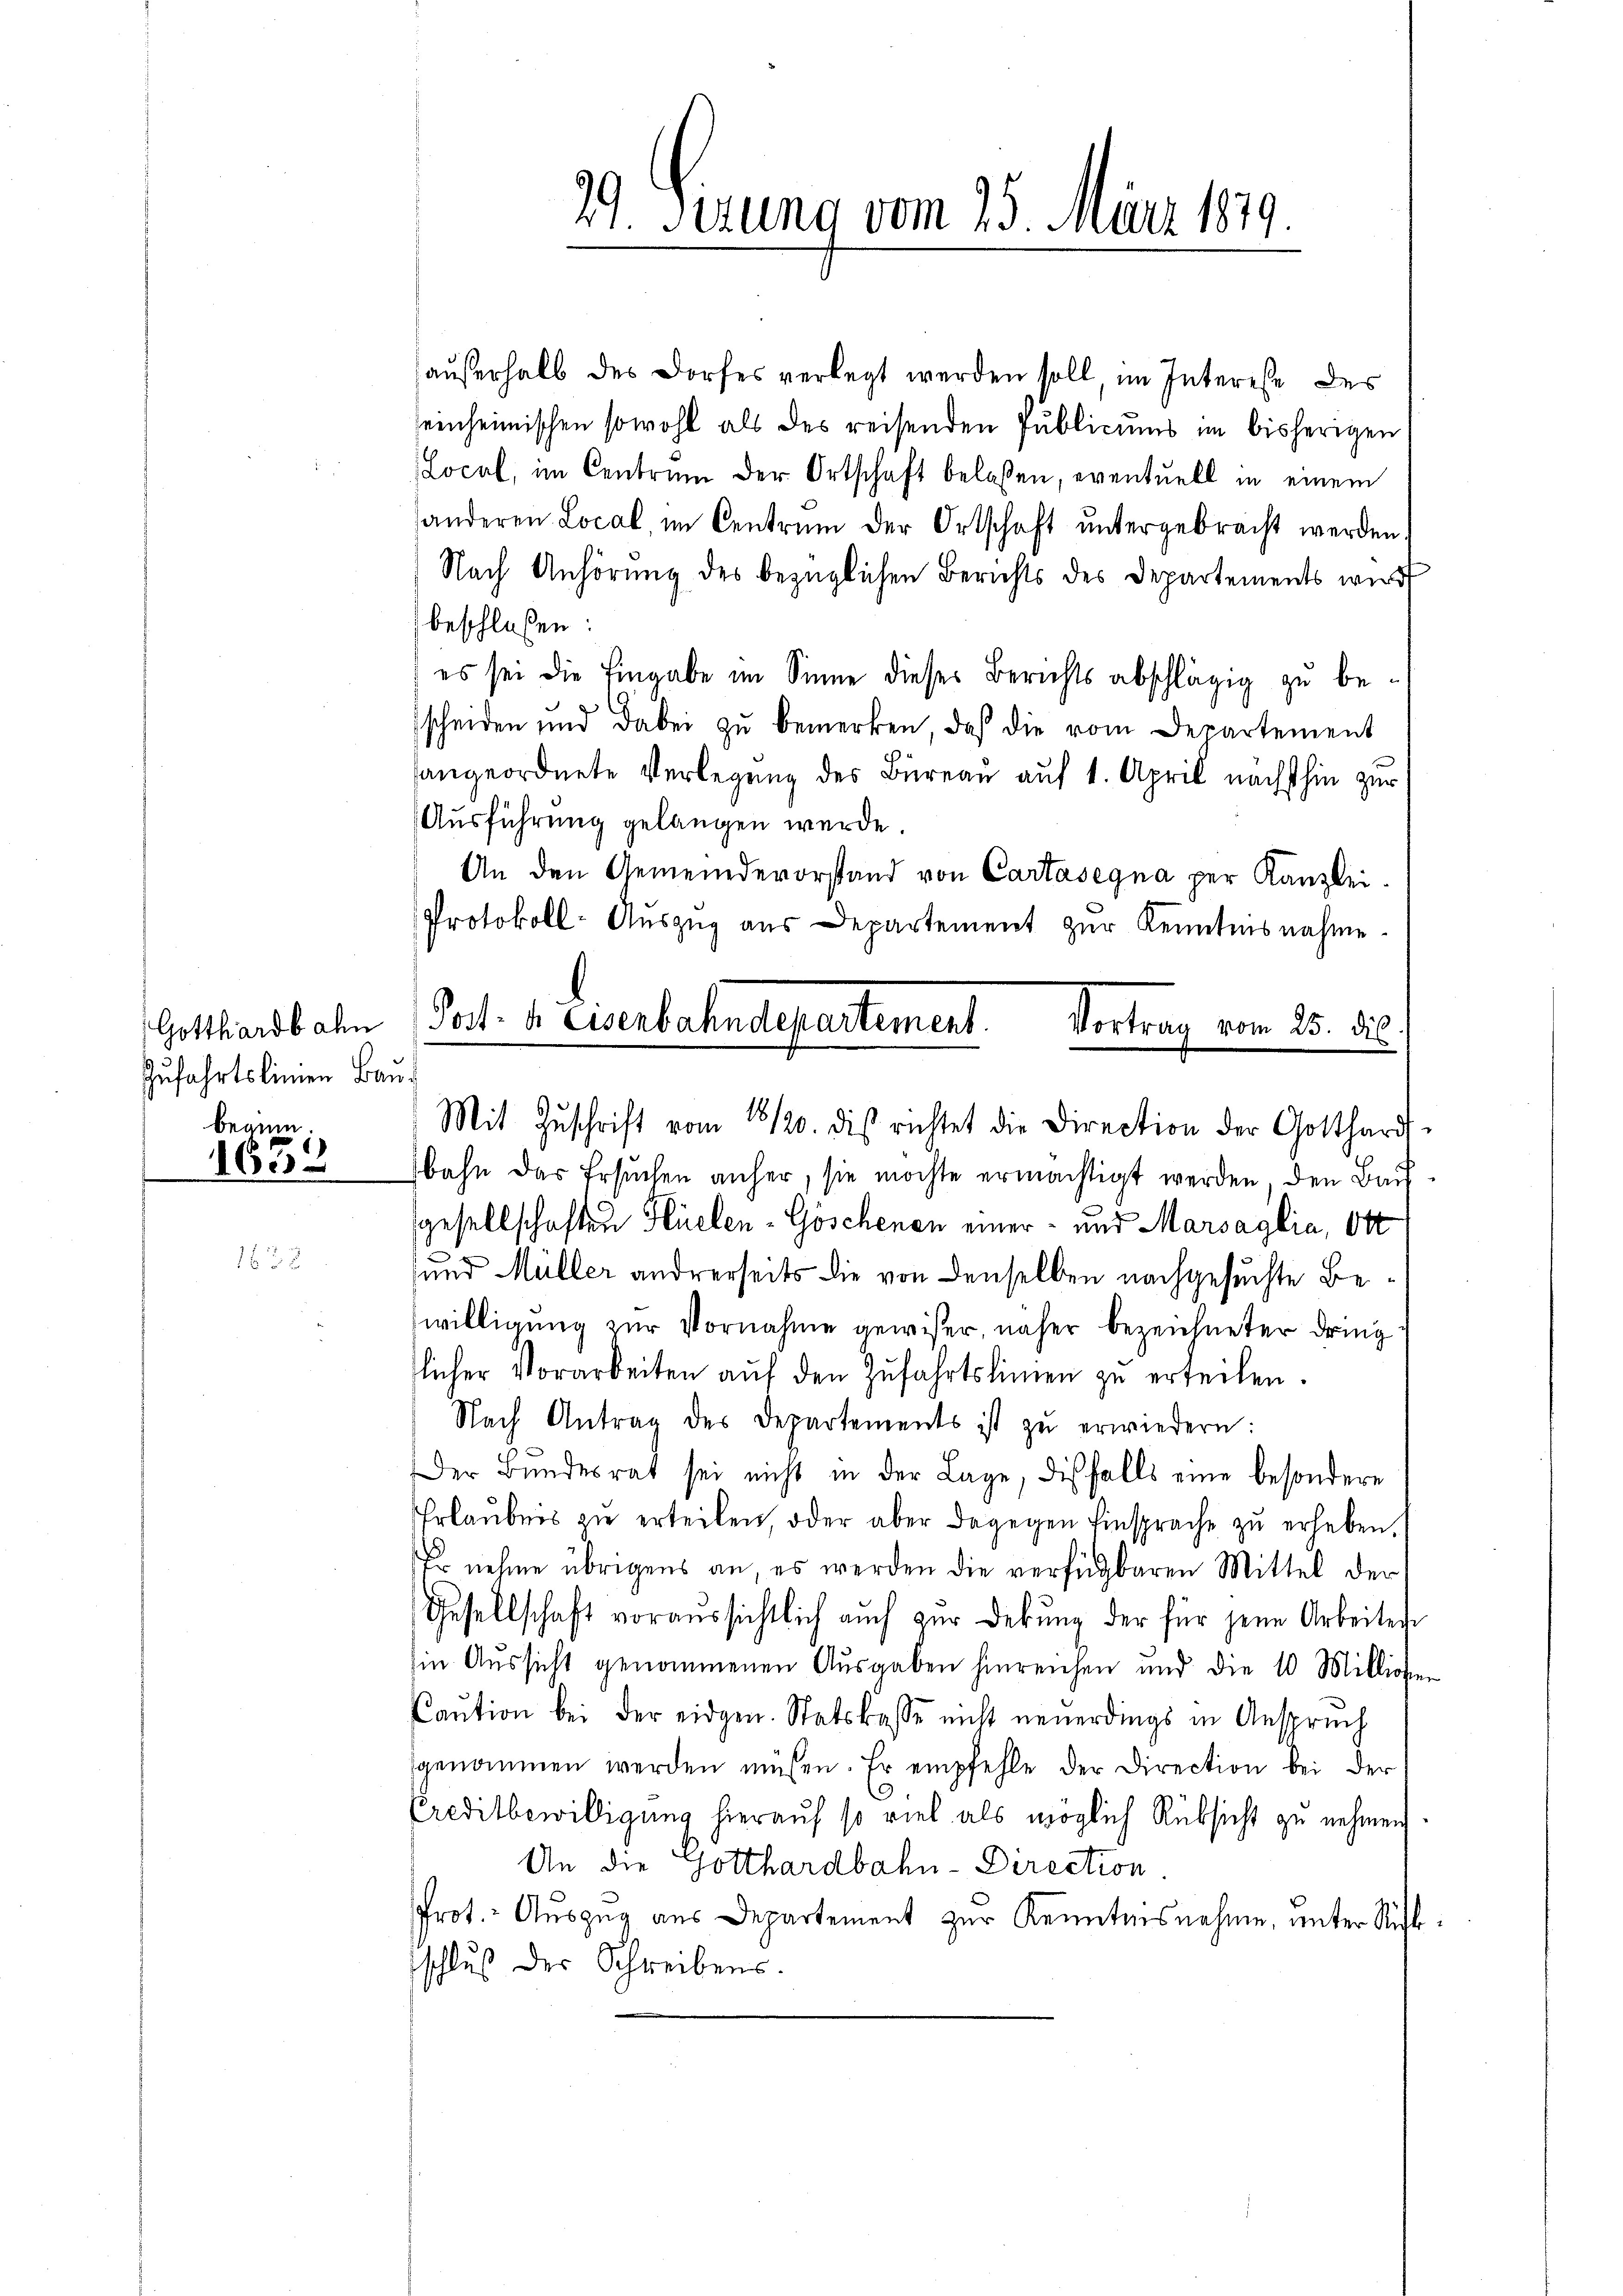
Gotthardbahn
Zufahrtslinien Baubeaum.
1658

außerhalb des Dorfes verlegt werden soll im Interese des
seinheimischen sowohl als des reisenden Publicums im bisherigen
Local, im Centrum der Ortschaft belassen, eventuell in einem
anderen Local im Centrum der Ortschaft ŭntergebracht werden.
Nach Anhörung des bezüglichen Berichts des Departements wurd
beschloßen:
es sei die Eingabe im Sinne dieses Berichts abschlägig zu bescheiden und dabei zŭ bemerken, daß die vom Departement
hangeordnete Verlegung des Bureau auf 1. April nächsthin zur
Ausführung gelangen werde.
An den Gemeindevorstand von Cartasegna per Kanzlei.
Protokoll- Aŭszŭg aŭs Departement zŭr Kenntnisnahme.
Post- u Eisenbahndepartement.
Vortrag vom 25. di

29 Sirung vom 25. März 1879.

Mit Zŭschrift vom 18120. dis richtet die Direction der Gotthardt-

bahn das Ersuchen anher, sie möchte ermächtigt werden, den Bau
sgesellschaften Hüelen - Göschenen einer- und Marsaglia, Ott
und Müller andrerseits die von denselben nachgesuchte Bewilligung zur Vornahme gewißer, näher bezeichneter dring
tlicher Vorarbeiten aŭf den Zufahrtslinien zu erteilen.
Nach Antrag des Departements ist zŭ erwiedern:
Der Bŭndesrat sei nicht in der Lage, diesfalls eine besondere
Erlaubnis zŭ erteilen oder aber dagegen Einsprache zŭ erheben.
Er nehme übrigens an, es werden die verfügbaren Mittel der
Gesellschaft voraussichtlich auch zur Debung der für jene Arbeiten
in Aussicht genommenen Ausgaben hinreichen und die 10 Milliosen
Caŭtion bei der eidgen. Statskasse nicht neuerdings in Anspruch
sgenommen werden müssen. Er empfehle der Direction bei der
Creditbewilligung hierauf so viel als möglich Rüksicht zu nehmen
An die Gotthardbahn-Direction.
Prot. - Auszug aus Departement zur Kenntnisnehme, unter Rückschluß der Schreibens.